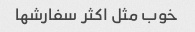
خوب مثل اکثر سفارشها